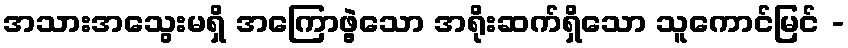
အသားအသွေးမရှိ အကြောဖွဲ့သော အရိုးဆက်ရှိသော သူကောင်မြင် -